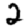
Digit: 2